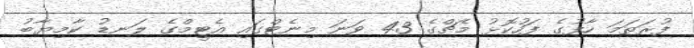
ފުރަތަމަ ހާފުގެ ފަހުކޮޅު މެޗްގެ 43 ވަނަ މިނެޓްގައި އެޓީމްގެ ލަނޑު ކާމިޔާބު